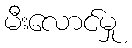
မီးလောင်မှု